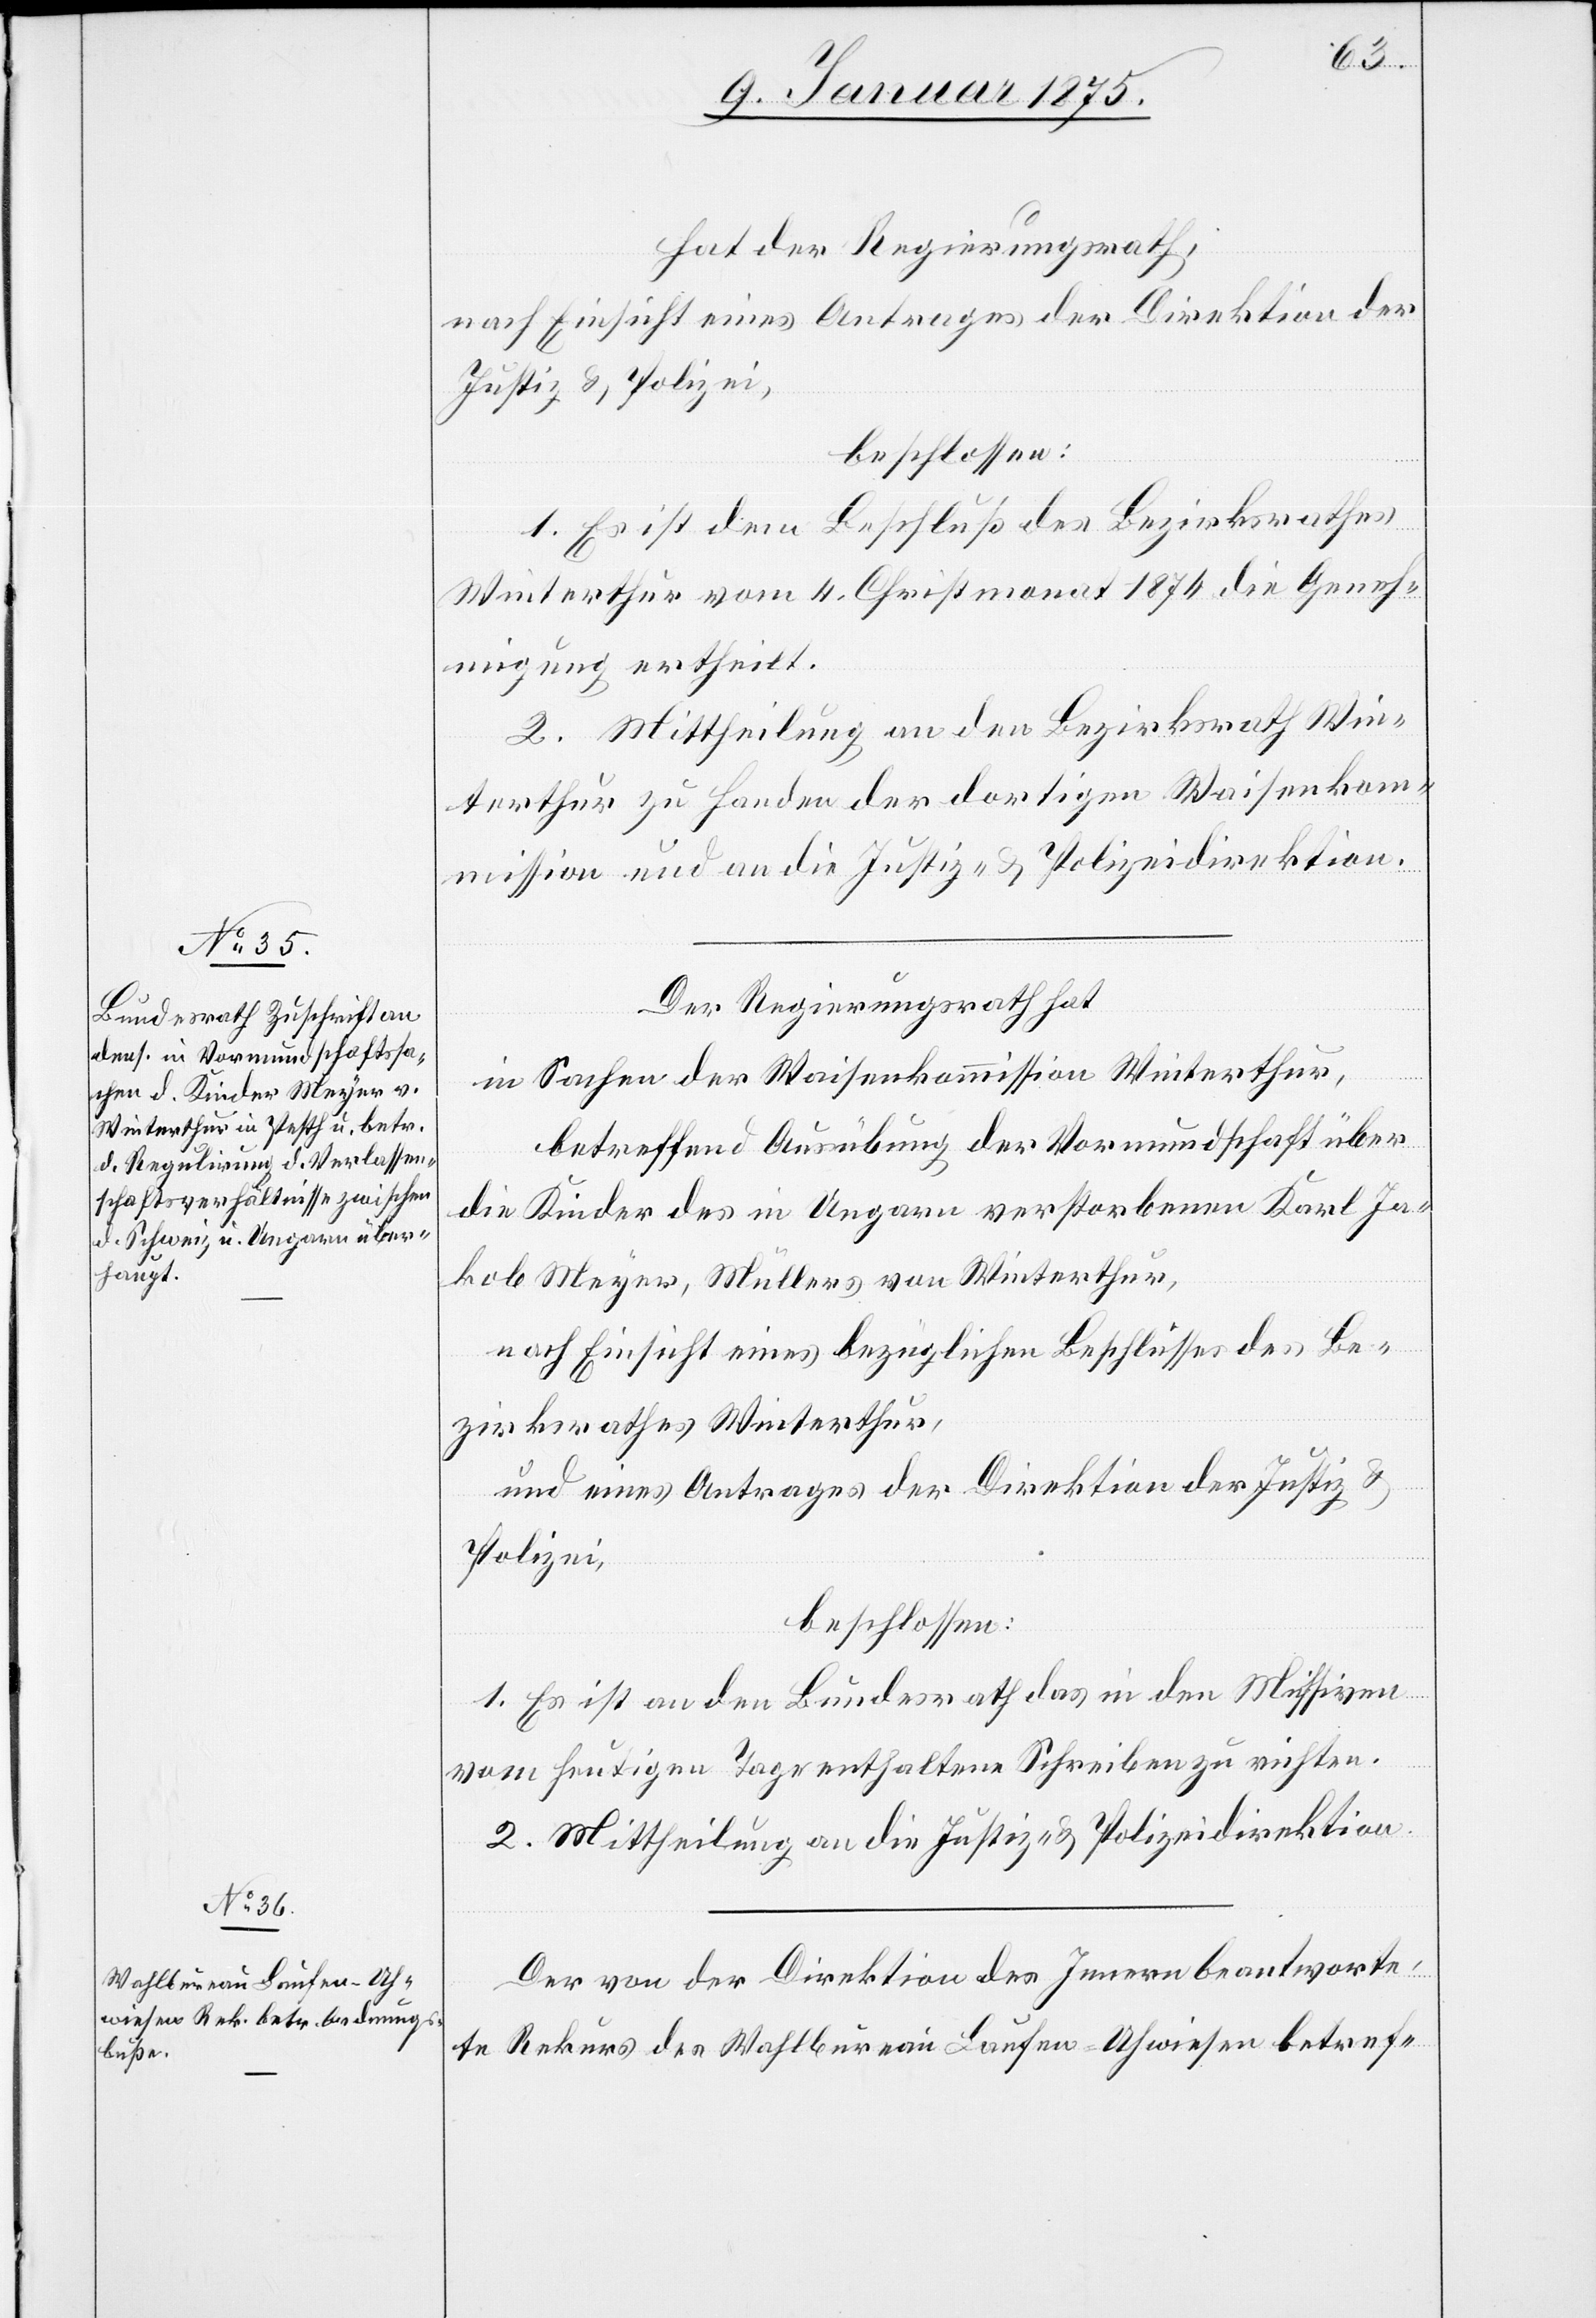
hat der Regierungsrath,
nach Einsicht eines Antrages der Direktion der
Justiz & Polizei,
beschlossen:
1. Es ist dem Beschluß des Bezirksrathes
Winterthur vom 4. Christmonat 1874 die Geneh¬
migung ertheilt.
2. Mittheilung an den Bezirksrath Win¬
terthur zu Handen der dortigen Waisenkom¬
mission und an die Justiz- & Polizeidirektion.
Der Regierungsrath hat
in Sachen der Waisenkommission Winterthur,
betreffend Ausübung der Vormundschaft über
die Kinder des in Ungarn verstorbenen Karl Ja¬
kob Meyer, Müllers von Winterthur,
nach Einsicht eines bezüglichen Beschlusses des Be¬
zirksrathes Winterthur,
und eines Antrages der Direktion der Justiz &
Polizei,
beschlossen:
1. Es ist an den Bundesrath das in den Missiven
vom heutigen Tage enthaltene Schreiben zu richten.
2. Mittheilung an die Justiz- & Polizeidirektion.
Der von der Direktion des Innern beantworte¬
te Rekurs des Wahlbureau Laufen-Uhwiesen betref-